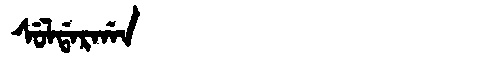
Manchu: ᠰᡠᠯᡩᠠᡵᡤᠠᠨ
Romanization: SULDARGAN